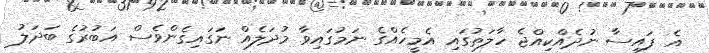
އެ ފައިސާ ނުދެއްކިއްޖެ ހާލަތުގައި އެމީހެއްގެ ނަމުގައިވާ މުދަލެއް ނަގައިގެންވެސް އަބުރުގެ ބަދަލު